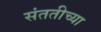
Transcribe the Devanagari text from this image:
संततीच्या